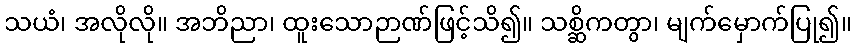
သယံ၊ အလိုလို။ အဘိညာ၊ ထူးသောဉာဏ်ဖြင့်သိ၍။ သစ္ဆိကတွာ၊ မျက်မှောက်ပြု၍။